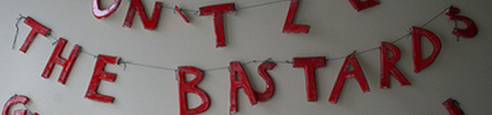
THE BASTARDS